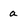
Character: a